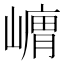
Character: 𭗞